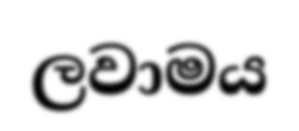
ලවාමය